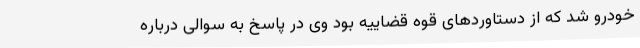
خودرو شد که از دستاوردهای قوه قضاییه بود وی در پاسخ به سوالی درباره